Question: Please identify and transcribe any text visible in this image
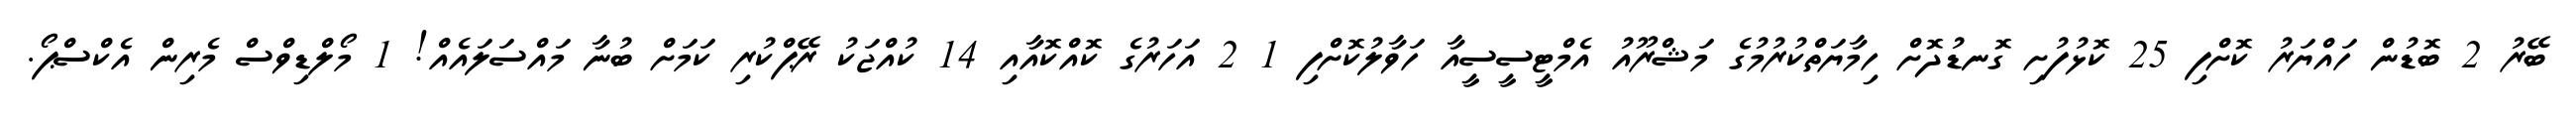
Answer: ބޭރު 2 ބޮޑުން ހައްޔަރު ކޮށްފި 25 ކޮޅުފުށި ގޮނޑުދޮށް ހިމާޔަތްކުރުމުގެ މަޝްރޫއު އެމްޓީސީސީއާ ހަވާލުކޮށްފި 1 2 އަހަރުގެ ކޮއްކޮއާއި 14 ކުއްޖަކު ރޭޕްކުރި ކަމަށް ބުނާ މައްސަލައެއް! 1 މޯލްޑިވްސް މެރިން އެކްސްޕޯ.